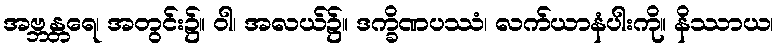
အဗ္ဘန္တရေ၊ အတွင်း၌။ ဝါ၊ အလယ်၌။ ဒက္ခိဏပဿံ၊ လက်ယာနံပါးကို။ နိဿာယ၊